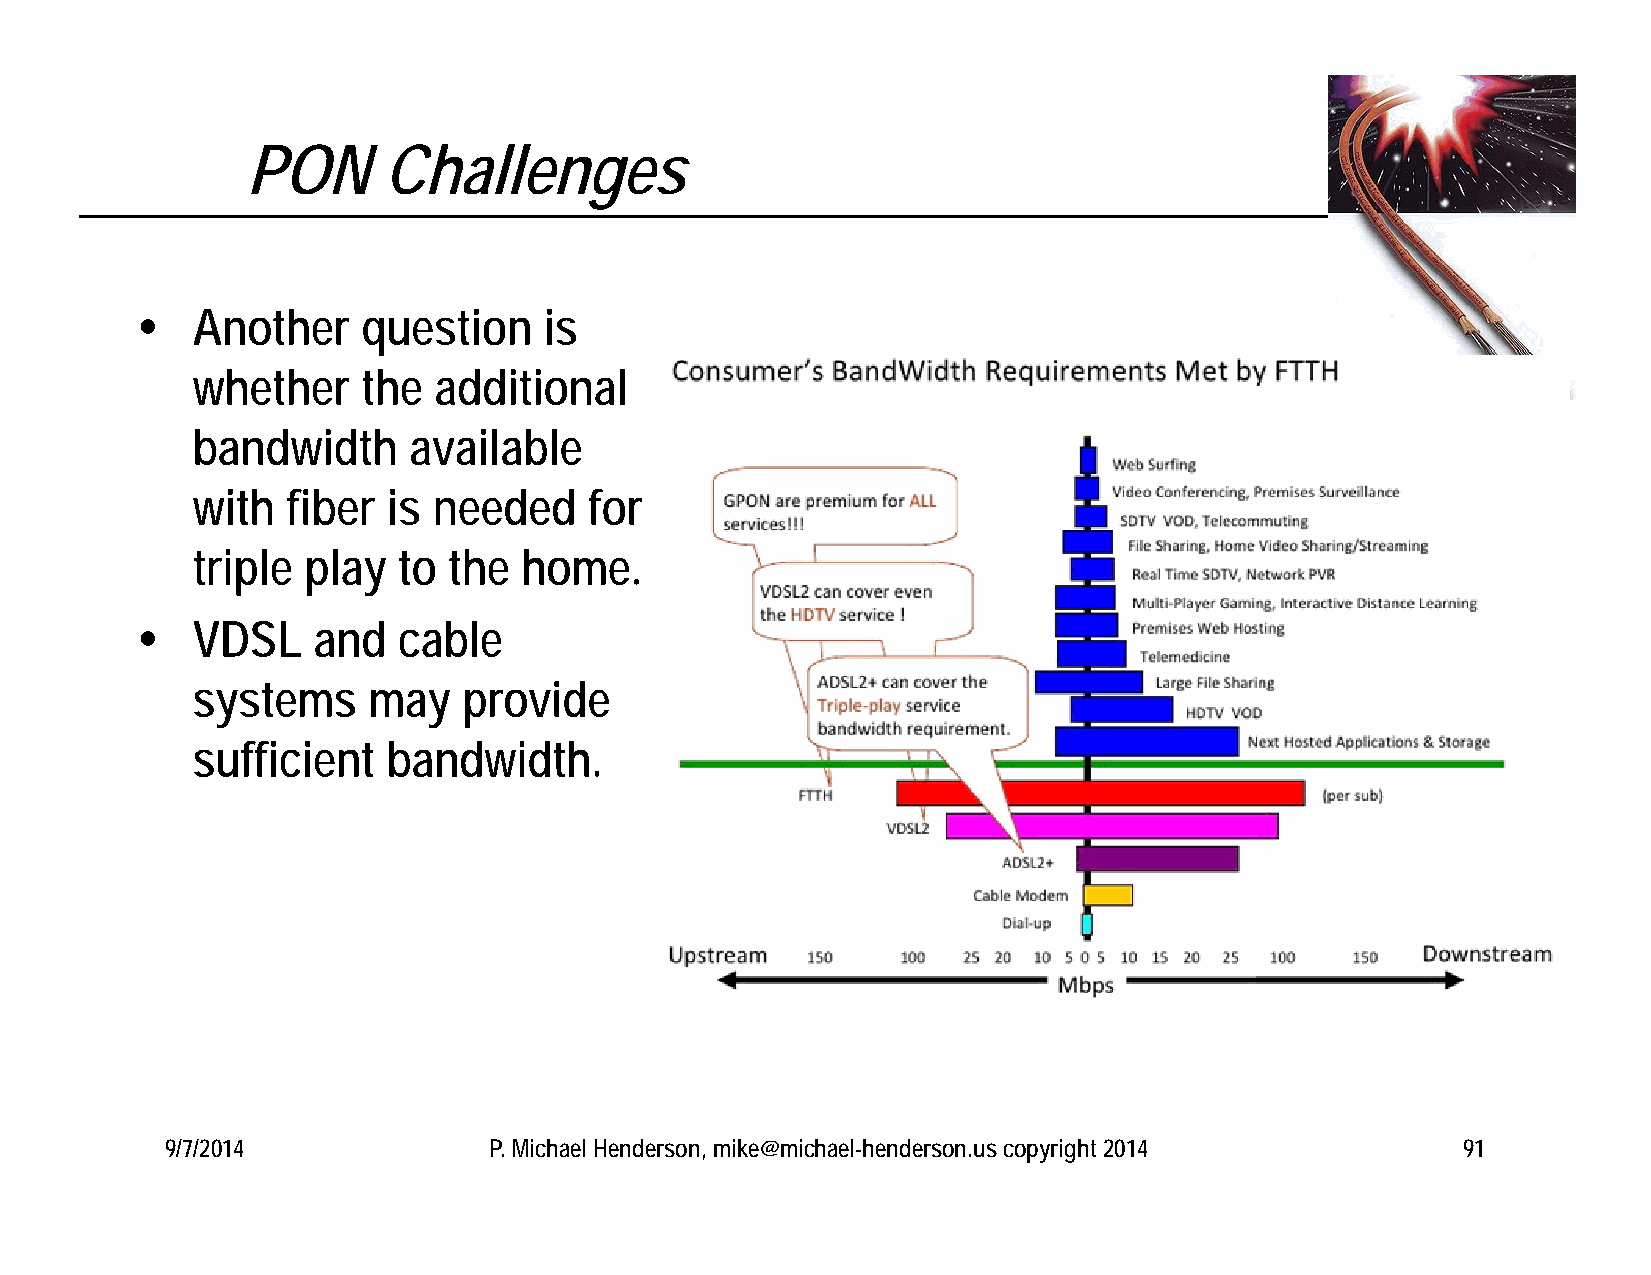
PON      Challenges
    Another    question    is
 whether    the  additional
 bandwidth     available
 with  fiber  is needed    for
 triple play  to  the  home.
    VDSL    and  cable
 systems    may    provide
 sufficient   bandwidth.
 9/7/2014             P. Michael Henderson, mike@michael-henderson.us copyright 2014   91